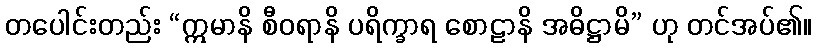
တပေါင်းတည်း “ဣမာနိ စီဝရာနိ ပရိက္ခာရ စောဠာနိ အဓိဋ္ဌာမိ” ဟု တင်အပ်၏။